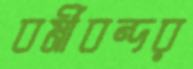
বর্মীবন্দর